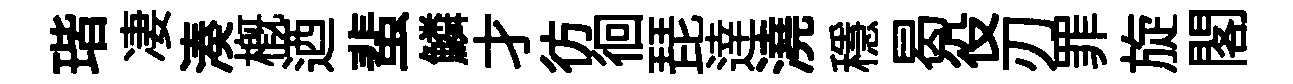
瑎凄湊概迺蜚鱗才彷徊琵逹澆穩曷役刃罪旋閣